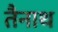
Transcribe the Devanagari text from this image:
तैनाथ